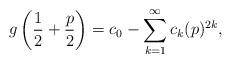
LaTeX: \begin{align*}g\left(\frac{1}{2}+\frac{p}{2}\right)=c_0-\sum_{k=1}^{\infty}c_k (p)^{2k},\end{align*}